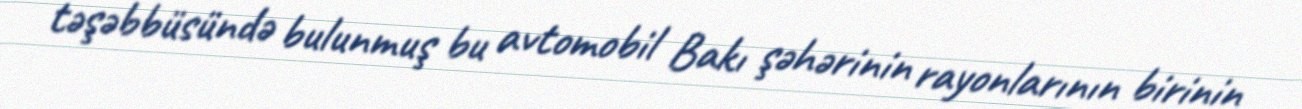
təşəbbüsündə bulunmuş bu avtomobil Bakı şəhərinin rayonlarının birinin